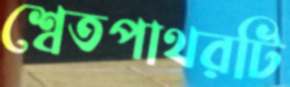
শ্বেতপাথরটি